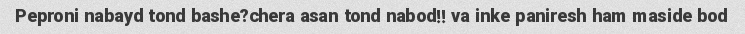
Peproni nabayd tond bashe?chera asan tond nabod!! va inke paniresh ham maside bod